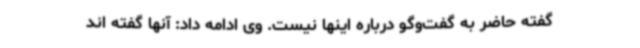
گفته حاضر به گفت‌وگو درباره اینها نیست. وی ادامه داد: آنها گفته اند